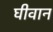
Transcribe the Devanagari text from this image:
घीवान